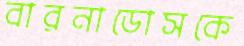
বারনাডোসকে